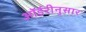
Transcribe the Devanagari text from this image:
ऑर्डरीनुसार